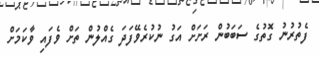
ފެތުރުނު ގޮތުގެ ސަބަބުން ރަށަށް އަގު ނުކުރެވޭފަދަ ގެއްލުން ތަށް ވެފައި ވާކަމަށް